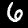
Digit: 6